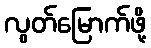
လွတ်မြောက်ဖို့